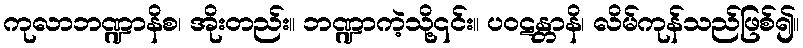
ကုလာဘဏ္ဍာနိစ၊ အိုးတည်း။ ဘဏ္ဍာကဲ့သို့၎င်း။ ပဝဋန္တာနိ၊ လိမ်ကုန်သည်ဖြစ်၍။